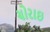
ચોરાઇ